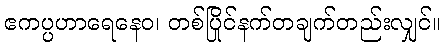
ဧကပ္ပဟာရေနေဝ၊ တစ်ပြိုင်နက်တချက်တည်းလျှင်။